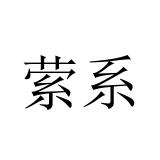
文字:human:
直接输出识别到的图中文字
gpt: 萦系